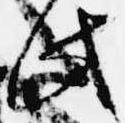
此